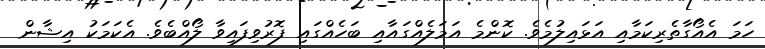
ހަމަ އެއޯގާތެރިކަމާއި އަޅައިލުމެވެ. ކޮންމެ އަމަލެއްގައާއި ބަހެއްގައި ފޮރުވިފައިވާ ލޯއްބެވެ. އެކަމަކު އިޝާން